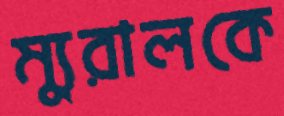
ম্যুরালকে